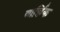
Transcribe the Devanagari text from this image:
वार्छिक